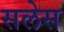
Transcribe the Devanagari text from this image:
सलेस